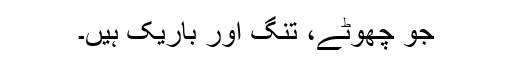
جو چھوٹے، تنگ اور باریک ہیں۔